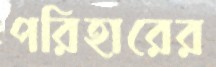
পরিহারের